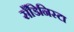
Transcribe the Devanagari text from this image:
सँडिनिस्टा